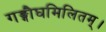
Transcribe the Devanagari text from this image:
गङ्गौघमिलितम्।